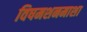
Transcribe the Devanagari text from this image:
विषमशनमाशा